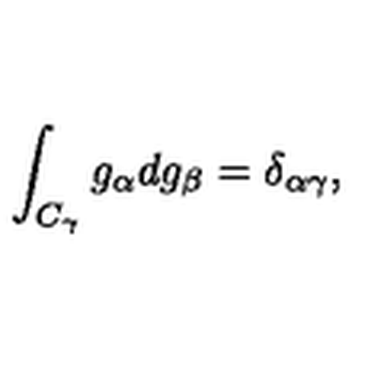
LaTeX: \int _ { C _ { \gamma } } g _ { \alpha } d g _ { \beta } = \delta _ { \alpha \gamma } ,